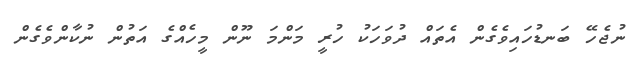
ނުޖެހޭ ބަނޑުހައިވެގެން އެތައް ދުވަހަކު ހުރީ މަންމަ ނޫން މީހެއްގެ އަތުން ނުކާންވެގެން